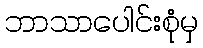
ဘာသာပေါင်းစုံမှ